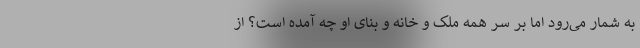
به شمار می‌رود اما بر سر همه ملک و خانه و بنای او چه آمده است؟ از